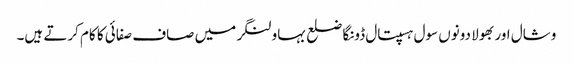
وشال اور بھولا دونوں سول ہسپتال ڈونگا ضلع بہاولنگر میں صاف صفائی کا کام کرتے ہیں۔